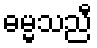
ဓမ္မသညီ